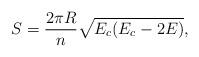
LaTeX: \begin{align*} S=\frac{2\pi R}{n}\sqrt{E_c(E_c-2E)},\end{align*}